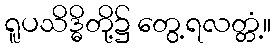
ရူပသိဒ္ဓိတို့၌ တွေ့ရလတ္တံ့။